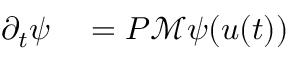
\begin{array} { r l } { \partial _ { t } \psi } & { { } = P \mathcal M \psi ( \boldsymbol { u } ( t ) ) } \end{array}